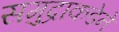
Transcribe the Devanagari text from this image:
समुद्राकडेने